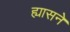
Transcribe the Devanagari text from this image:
ह्यासने